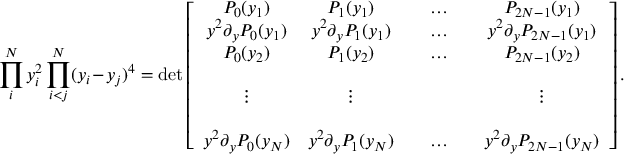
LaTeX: \prod _ { i } ^ { N } y _ { i } ^ { 2 } \prod _ { i < j } ^ { N } ( y _ { i } - y _ { j } ) ^ { 4 } = \operatorname * { d e t } \left[ \begin{array} { c c c c c c } { { P _ { 0 } ( y _ { 1 } ) } } & { { P _ { 1 } ( y _ { 1 } ) } } & { { } } & { { \ldots } } & { { } } & { { P _ { 2 N - 1 } ( y _ { 1 } ) } } \\ { { y ^ { 2 } \partial _ { y } P _ { 0 } ( y _ { 1 } ) } } & { { y ^ { 2 } \partial _ { y } P _ { 1 } ( y _ { 1 } ) } } & { { } } & { { \ldots } } & { { } } & { { y ^ { 2 } \partial _ { y } P _ { 2 N - 1 } ( y _ { 1 } ) } } \\ { { P _ { 0 } ( y _ { 2 } ) } } & { { P _ { 1 } ( y _ { 2 } ) } } & { { } } & { { \ldots } } & { { } } & { { P _ { 2 N - 1 } ( y _ { 2 } ) } } \\ { { } } & { { } } & { { } } & { { } } & { { } } & { { } } \\ { { \vdots } } & { { \vdots } } & { { } } & { { } } & { { } } & { { \vdots } } \\ { { } } & { { } } & { { } } & { { } } & { { } } & { { } } \\ { { y ^ { 2 } \partial _ { y } P _ { 0 } ( y _ { N } ) } } & { { y ^ { 2 } \partial _ { y } P _ { 1 } ( y _ { N } ) } } & { { } } & { { \ldots } } & { { } } & { { y ^ { 2 } \partial _ { y } P _ { 2 N - 1 } ( y _ { N } ) } } \end{array} \right] .